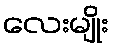
လေးမျိုး